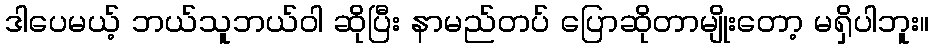
ဒါပေမယ့် ဘယ်သူဘယ်ဝါ ဆိုပြီး နာမည်တပ် ပြောဆိုတာမျိုးတော့ မရှိပါဘူး။